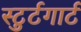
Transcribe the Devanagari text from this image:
स्टुर्टगार्ट